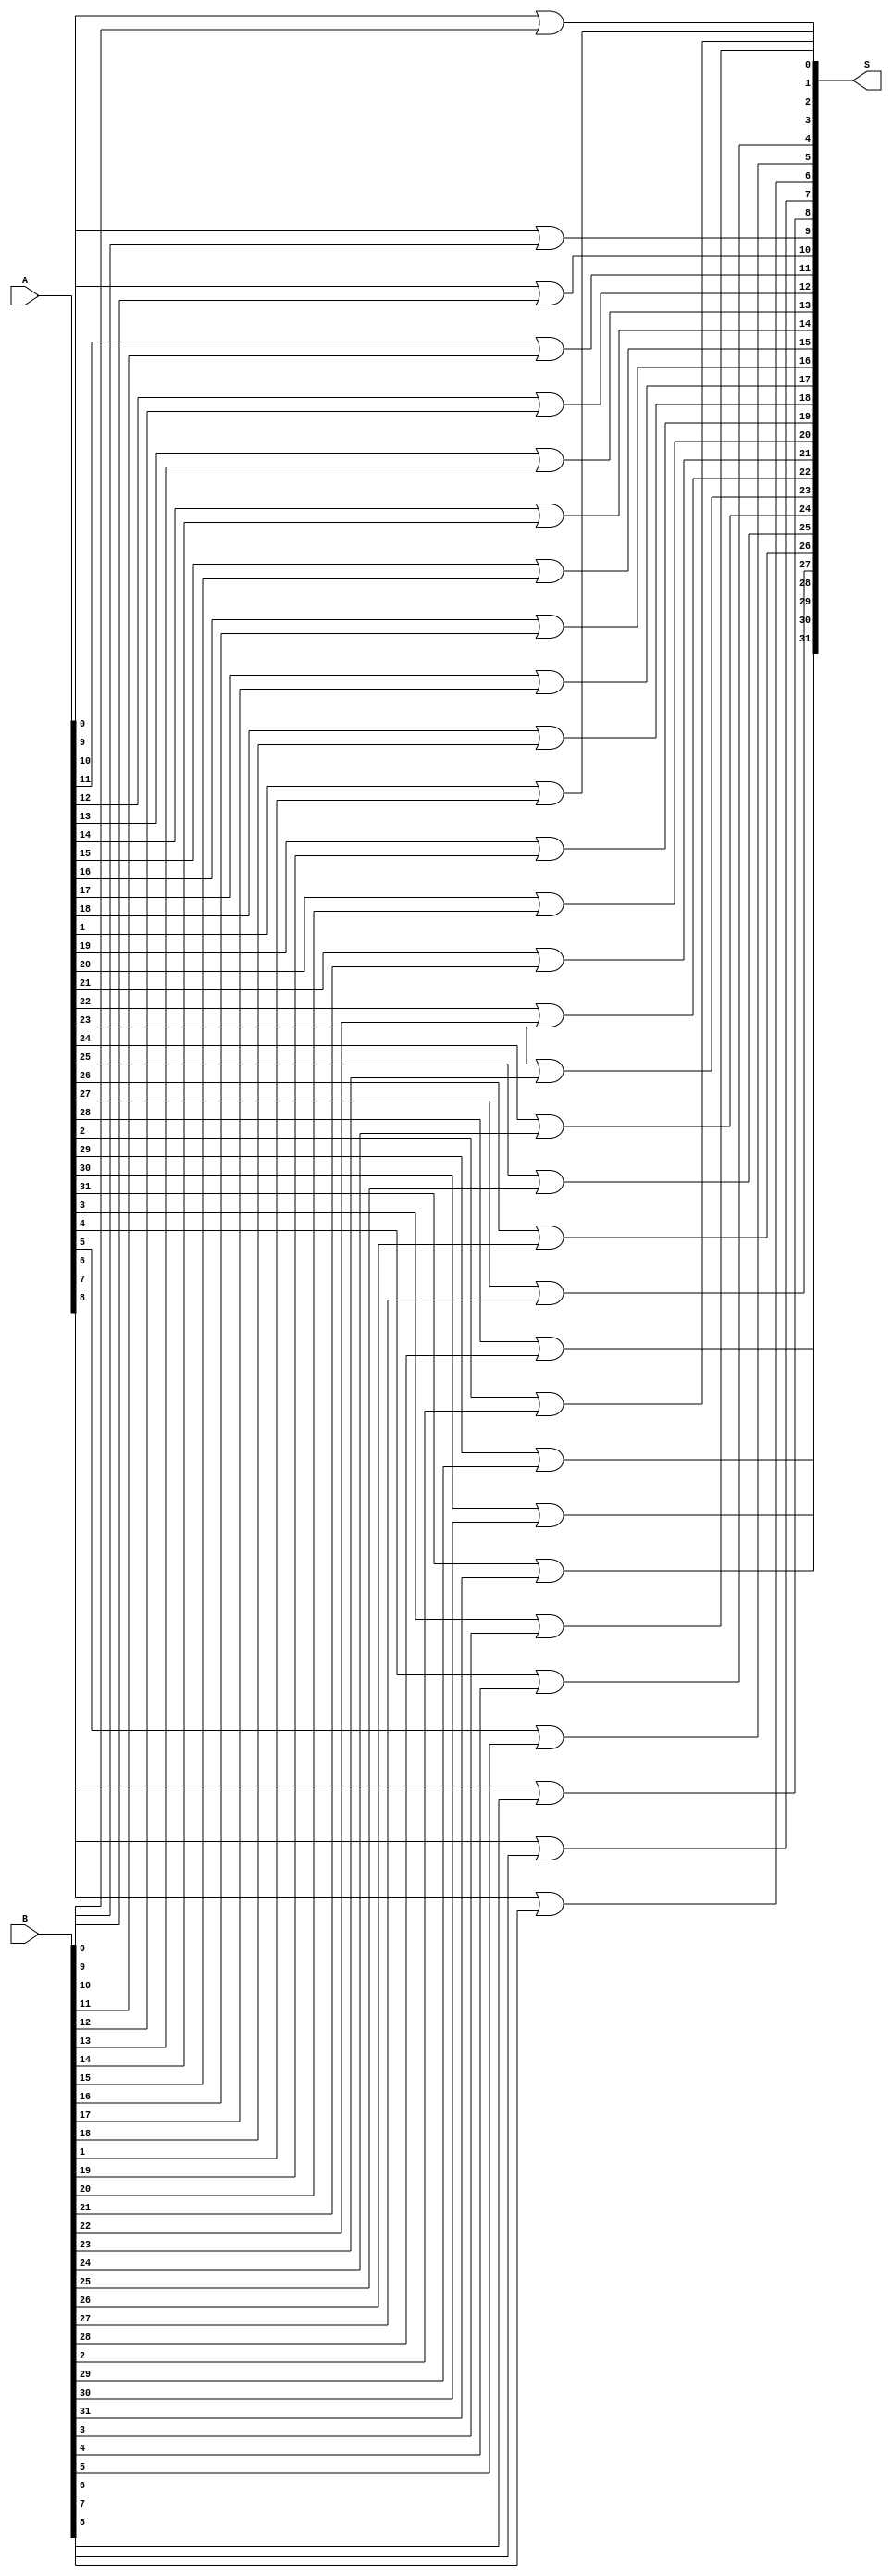
module bitwiseOR(
    output [31:0] S,
    input [31:0] A,
    input [31:0] B
);
genvar i;
generate
for(i = 0;i < 32;i = i + 1) begin
    assign #1 S[i] = A[i] | B[i];
end
endgenerate
endmodule